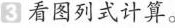
3 看图列式计算。